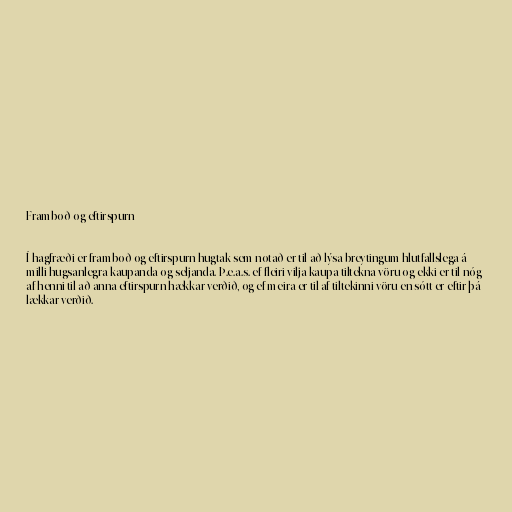
Framboð og eftirspurn

Í hagfræði er framboð og eftirspurn hugtak sem notað er til að lýsa breytingum hlutfallslega á
milli hugsanlegra kaupanda og seljanda. Þ.e.a.s. ef fleiri vilja kaupa tiltekna vöru og ekki er til nóg
af henni til að anna eftirspurn hækkar verðið, og ef meira er til af tiltekinni vöru en sótt er eftir þá
lækkar verðið.